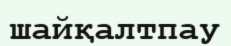
шайқалтпау